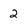
Character: 2